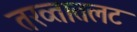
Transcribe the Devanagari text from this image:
तख्तातलट